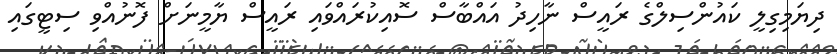
ދިޔަމިގިލީ ކައުންސިލްގެ ރައީސް ނާހިދު އައްބާސް ސޮއިކުރައްވައި ރައީސް ޔާމީނަށް ފޮނުއްވި ސިޓީގައި